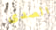
الصدى